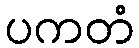
ပကတံ